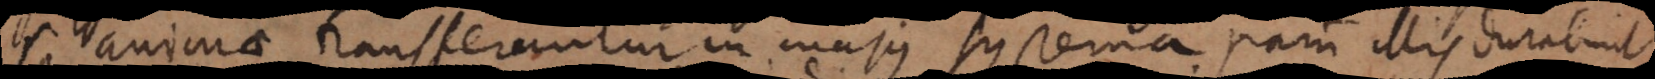
Si animae transferuntur in majus systema parum illis durabunt